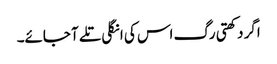
اگر دکھتی رگ اس کی انگلی تلے آ جائے۔